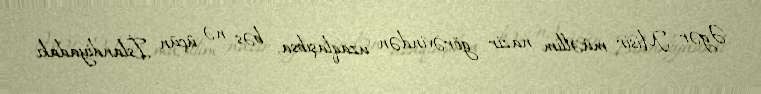
Əgər Misir müəllim nazir görəvindən uzaqlaşıbsa, bəs nə üçün İslandiyadakı